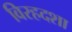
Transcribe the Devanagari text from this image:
विरहदशा